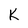
Character: K